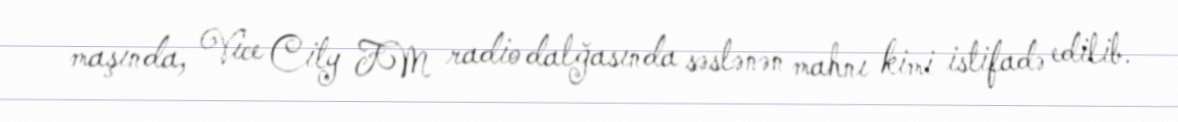
maşında, Vice City FM radio dalğasında səslənən mahnı kimi istifadə edilib.